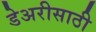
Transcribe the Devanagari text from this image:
डेअरीसाठी